画像に写った文字を読んでください
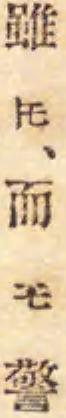
「雖𪜈、而モ警」と書いてあります